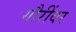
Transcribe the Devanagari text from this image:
गौरींवर